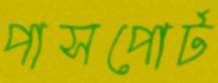
পাসপোর্ট